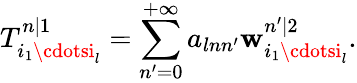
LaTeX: T_{i_{1}\cdotsi_{l}}^{n|1}=\sum_{n^{\prime}=0}^{+\infty}a_{lnn^{\prime}}\mathbf{w}_{i_{1}\cdotsi_{l}}^{n^{\prime}|2}.